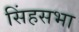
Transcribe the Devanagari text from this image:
सिंहसभा